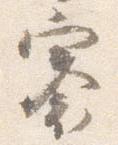
褰